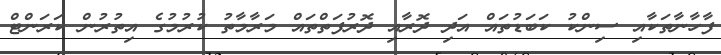
ފާހާނާތަކާއި ސިންކު ކަބަޑުތައް އަދި ދޮރާއި ދޮރުފަތްތައް މަރާމާތު ކުރުމުގެ އިތުރުން ކަރަންޓް